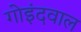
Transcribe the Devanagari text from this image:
गोइंदवाल